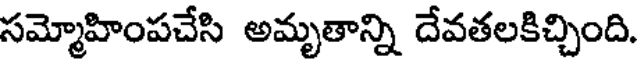
సమ్మోహింపచేసి అమృతాన్ని దేవతలకిచ్చింది.